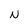
Character: N